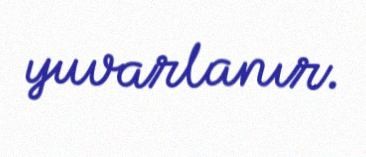
yuvarlanır.